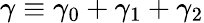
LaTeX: \gamma\equiv\gamma_{0}+\gamma_{1}+\gamma_{2}